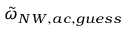
\tilde { \omega } _ { N W , a c , g u e s s }